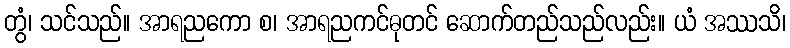
တွံ၊ သင်သည်။ အာရညကော စ၊ အာရညကင်ဓုတင် ဆောက်တည်သည်လည်း။ ယံ အဿသိ၊